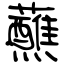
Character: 蘸